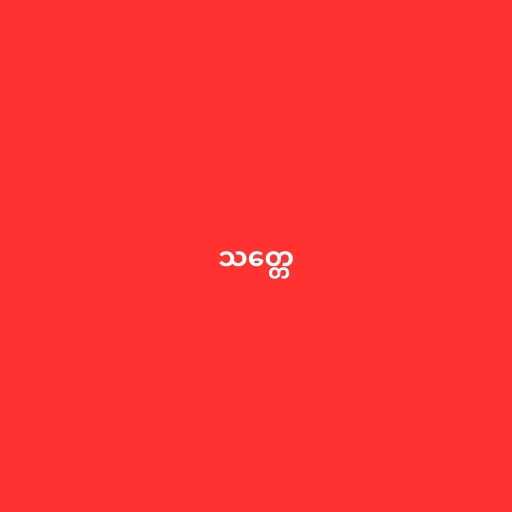
သတ္တေ